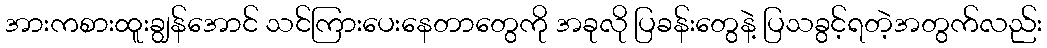
အားကစားထူးချွန်အောင် သင်ကြားပေးနေတာတွေကို အခုလို ပြခန်းတွေနဲ့ ပြသခွင့်ရတဲ့အတွက်လည်း